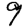
Digit: 9